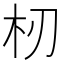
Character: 杒